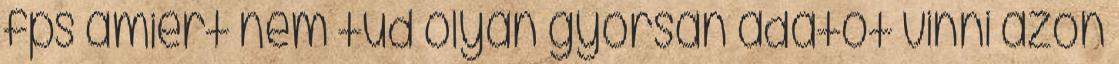
fps amiért nem tud olyan gyorsan adatot vinni azon